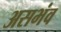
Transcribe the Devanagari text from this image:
असभंव